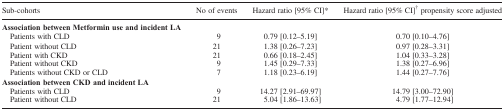
| Sub‐cohorts | No of events | Hazard ratio [95% CI]* | Hazard ratio [95% CI]† propensity score adjusted |
 | --- | --- | --- | --- |
 | Association between Metformin use and incident LA |  |  |  |
 | Patients with CLD | 9 | 0.79 [0.12–5.19] | 0.70 [0.10–4.76] |
 | Patient without CLD | 21 | 1.38 [0.26–7.23] | 0.97 [0.28–3.31] |
 | Patient with CKD | 21 | 0.66 [0.18–2.45] | 1.04 [0.33–3.28] |
 | Patient without CKD | 9 | 1.45 [0.29–7.33] | 1.38 [0.27–6.96] |
 | Patients without CKD or CLD | 7 | 1.18 [0.23–6.19] | 1.44 [0.27–7.76] |
 | Association between CKD and incident LA |  |  |  |
 | Patients with CLD | 9 | 14.27 [2.91–69.97] | 14.79 [3.00–72.90] |
 | Patient without CLD | 21 | 5.04 [1.86–13.63] | 4.79 [1.77–12.94] |